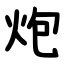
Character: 炮